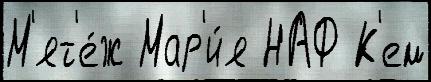
М'ят'е́ж Мар'и́я НАФ К'ем